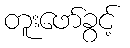
တူးဖော်ခွင့်